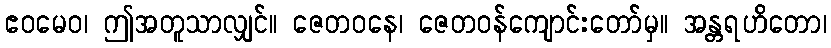
ဧဝမေဝ၊ ဤအတူသာလျှင်။ ဇေတဝနေ၊ ဇေတဝန်ကျောင်းတော်မှ။ အန္တရဟိတော၊